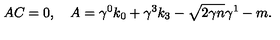
A C = 0 , \quad A = \gamma ^ { 0 } k _ { 0 } + \gamma ^ { 3 } k _ { 3 } - \sqrt { 2 \gamma n } \gamma ^ { 1 } - m .